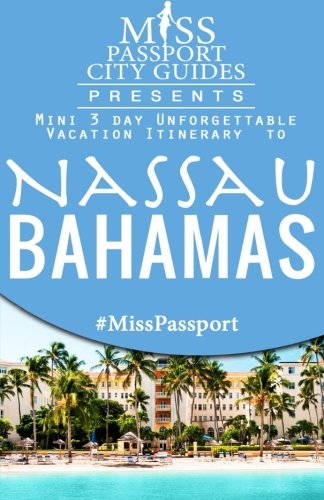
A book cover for Miss Passport City Guides Presents:  Mini 3 day Unforgettable Vacation Itinerary to Nassau, Bahamas (Miss Passport Travel Guides Book ); Sharon Bell; Travel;